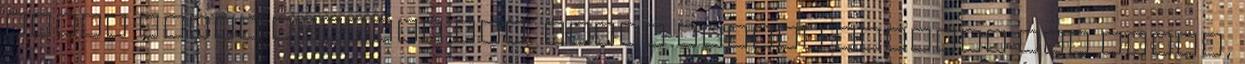
ideje alatt avattam fel. Azóta eltelt majdnem egy hónap,